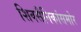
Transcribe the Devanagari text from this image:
शिवसैनिकांसमोर